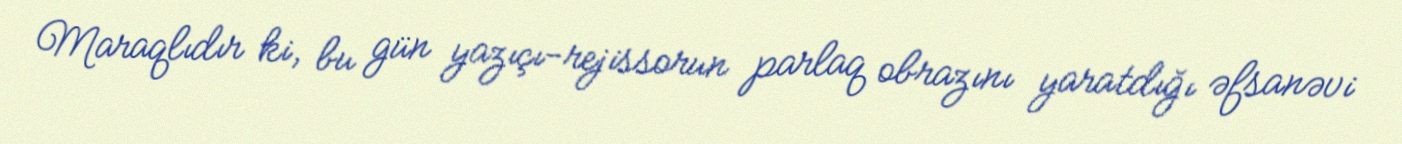
Maraqlıdır ki, bu gün yazıçı-rejissorun parlaq obrazını yaratdığı əfsanəvi